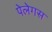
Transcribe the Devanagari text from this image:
पेलेगस